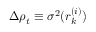
\Delta \rho _ { t } \equiv \sigma ^ { 2 } ( r _ { k } ^ { ( i ) } )